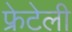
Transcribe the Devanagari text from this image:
फ्रेटेली